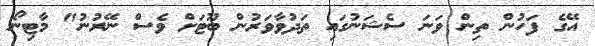
އޭގެ ފަހުން ތިން ވަނަ ސެޝަނުގައި ތަދުވާވަރުން ބޫޓަށް ވެސް ނޭރުނު" މާޓިނޯ